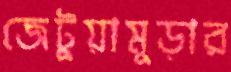
জেটুয়ামুড়ার